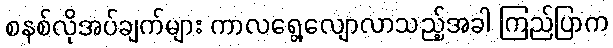
စနစ်လိုအပ်ချက်များ ကာလရွေ့လျောလာသည့်အခါ ကြည်ပြာက